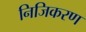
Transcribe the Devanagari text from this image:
निजिकरण